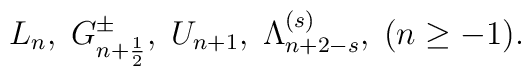
L_n, \;  G_{n+\frac{1}{2}}^{\pm}, \; U_{n+1}, \;  \Lambda^{(s)}_{n+2-s}, \;(n\geq -1).